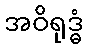
အဝိရုဒ္ဓံ